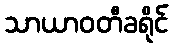
သာယာဝတီခရိုင်